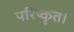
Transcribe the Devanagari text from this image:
परिष्कृत।